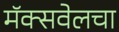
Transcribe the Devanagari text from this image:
मॅक्सवेलचा